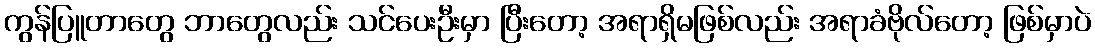
ကွန်ပြူတာတွေ ဘာတွေလည်း သင်ပေးဦးမှာ ပြီးတော့ အရာရှိမဖြစ်လည်း အရာခံဗိုလ်တော့ ဖြစ်မှာပဲ